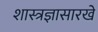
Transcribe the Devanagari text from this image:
शास्त्रज्ञासारखे